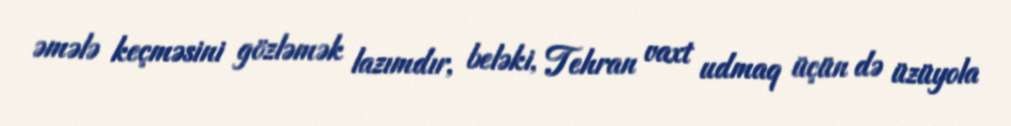
əmələ keçməsini gözləmək lazımdır, beləki, Tehran vaxt udmaq üçün də üzüyola